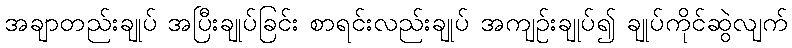
အချာတည်းချုပ် အပြီးချုပ်ခြင်း စာရင်းလည်းချုပ် အကျဉ်းချုပ်၍ ချုပ်ကိုင်ဆွဲလျက်